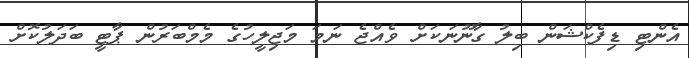
އެންޓި ޑިފެކްޝަން ބިލު ގާނޫނަކަށް ވެއްޖެ ނަމަ މަޖިލީހުގެ މެމްބަރުން ޕާޓީ ބަދަލުކޮށް